Lunatic asylums Burma 1907-21 - 1907-1921
Year: 1907
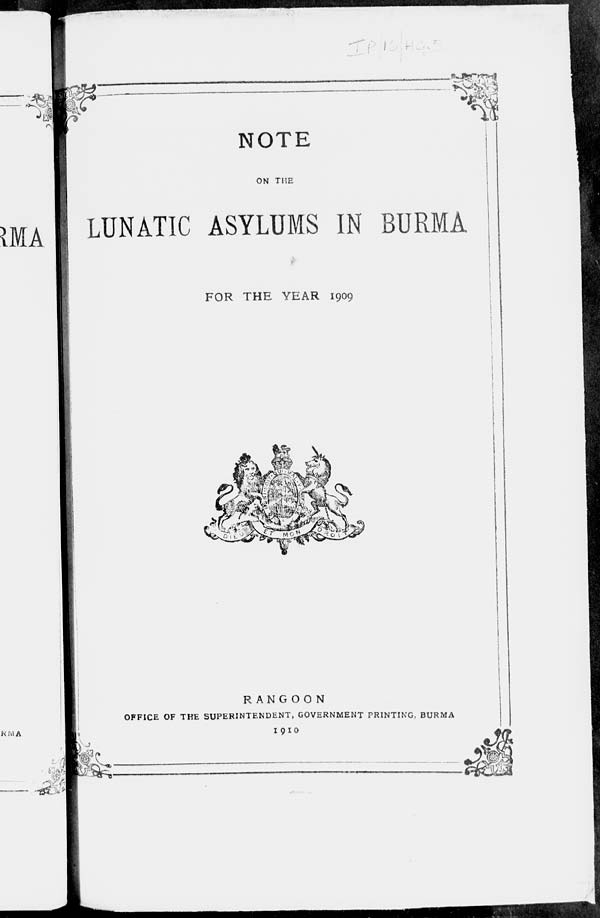
NOTE
ON THE
LUNATIC ASYLUMS IN BURMA
FOR THE YEAR 1909
RANGOON
OFFICE OF THE SUPERINTENDENT, GOVERNMENT PRINTING, BURMA
1910